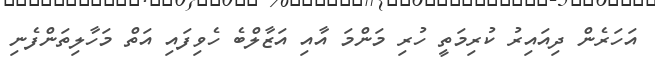
އަހަރެން ދިއައިރު ކުރިމަތީ ހުރި މަންމަ އާއި އަޒާލްބެ ހެވިފައި އަތް މަހާލިތަންފެނި